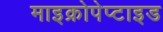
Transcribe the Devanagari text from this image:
माइक्रोपेप्टाइड